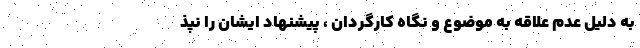
به دلیل عدم علاقه به موضوع و نگاه کارگردان ، پیشنهاد ایشان را نپذ